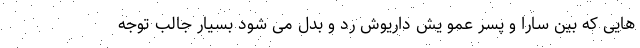
هایی که بین سارا و پسر عمو یش داریوش رد و بدل می شود بسیار جالب توجه